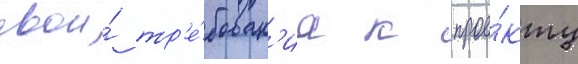
свои́ тр'е́бован'иа к прое́кту